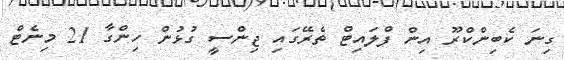
ގިނަ ކެބިންކްރޫ އިން ފްލައިޓް ތެރޭގައި ޖިންސީ ގުޅުން ހިންގާ 21 މިނެޓް